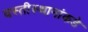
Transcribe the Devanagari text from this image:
वस्तीस्थानांकडे